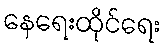
နေရေးထိုင်ရေး